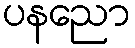
ပနညော